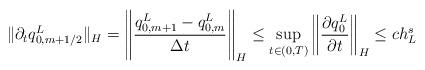
LaTeX: \begin{align*}\|\partial_tq^L_{0,m+1/2}\|_{H}=\left\|{q^L_{0,m+1}-q^L_{0,m}\over\Delta t}\right\|_{H}\le \sup_{t\in (0,T)}\left\|{\partial q^L_0\over\partial t}\right\|_{H}\le ch_L^s\end{align*}